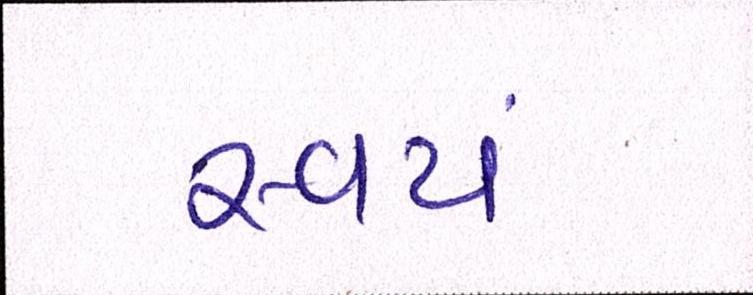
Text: સ્વયં